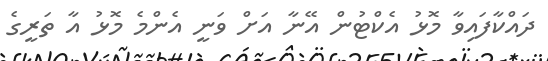
ދައްކާފައިވާ މޮޅު އެކްޓުން އޭނާ އަށް ވަނީ އެންމެ މޮޅު އާ ތަރީގެ